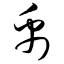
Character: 禹